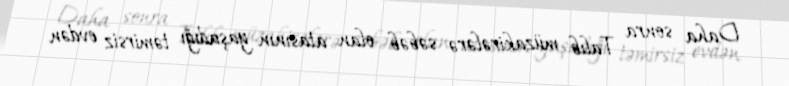
Daha sonra Talıb müzakirələrə səbəb olan atasının yaşadığı təmirsiz evdən